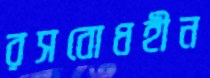
রসবোধহীন